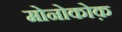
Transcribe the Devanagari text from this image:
मोनोकोक़